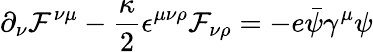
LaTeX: \partial_{\nu}{\cal F}^{\nu\mu}-\frac{\kappa}{2}\epsilon^{\mu\nu\rho}{\cal F}_{\nu\rho}=-e\bar{\psi}\gamma^{\mu}\psi